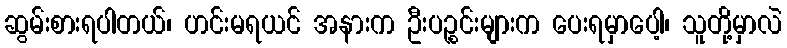
ဆွမ်းစားရပါတယ်၊ ဟင်းမရယင် အနားက ဦးပဉ္စင်းများက ပေးရမှာပေါ့၊ သူတို့မှာလဲ